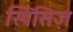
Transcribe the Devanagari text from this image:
स्पिसिज़